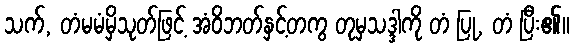
သက်, တံမမံမှိသုတ်ဖြင့် အံဝိဘတ်နှင့်တကွ တုမှသဒ္ဒါကို တံ ပြု, တံ ပြီး၏။